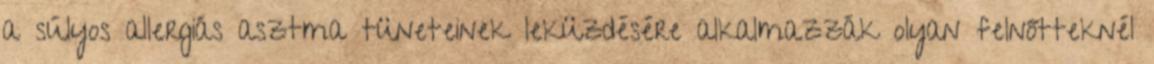
a súlyos allergiás asztma tüneteinek leküzdésére alkalmazzák olyan felnőtteknél